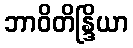
ဘာဝိတိန္ဒြိယာ